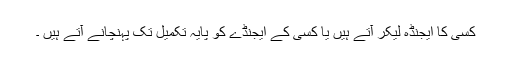
کسی کا ایجنڈہ لیکر آتے ہیں یا کسی کے ایجنڈے کو پایہ تکمیل تک پہنچانے آتے ہیں ۔